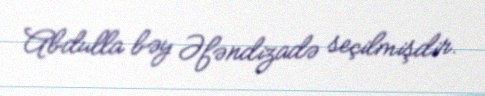
Abdulla bəy Əfəndizadə seçilmişdir.